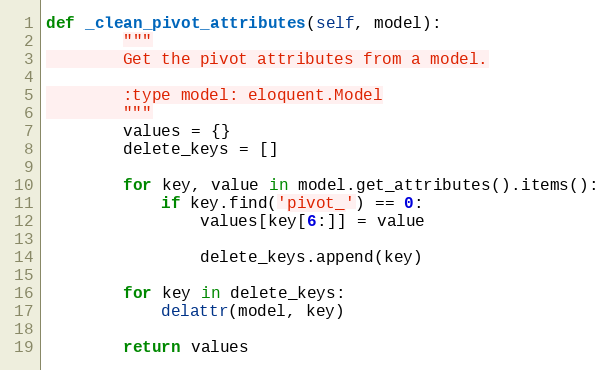
Language: Python
def _clean_pivot_attributes(self, model):
        """
        Get the pivot attributes from a model.

        :type model: eloquent.Model
        """
        values = {}
        delete_keys = []

        for key, value in model.get_attributes().items():
            if key.find('pivot_') == 0:
                values[key[6:]] = value

                delete_keys.append(key)

        for key in delete_keys:
            delattr(model, key)

        return values